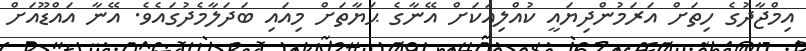
އިމްޖާދުގެ ހިތަށް އަރަމުންދިޔައީ ކުއްލިއަކަށް އޭނާގެ ޙަޔާތަށް މިއައި ބަދަލާމެދުގައެވެ. އޭނާ އައްޑޫއަށް